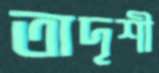
তাদৃশী